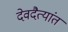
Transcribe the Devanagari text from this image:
देवदैत्यांत